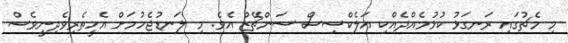
މި މެޗުގައި ރަނގަޅު ކުޅުމެއްދެއްކި އަލެކްސިސް ސަންޗޭޒް އެވެ. މި ލަނޑުޖެހުމަށް އެހީތެރިވެދިނީވެސް